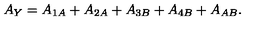
A _ { Y } = A _ { 1 A } + A _ { 2 A } + A _ { 3 B } + A _ { 4 B } + A _ { A B } .